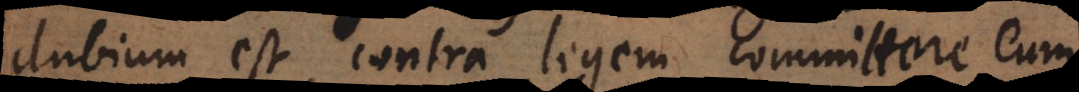
dubium est contra legem committere eum,